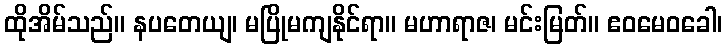
ထိုအိမ်သည်။ နပတေယျ၊ မပြိုမကျနိုင်ရာ။ မဟာရာဇ၊ မင်းမြတ်။ ဧဝမေဝခေါ၊